Vaccination Hyderabad 1890-1903 - 1890-1903
Year: 1890
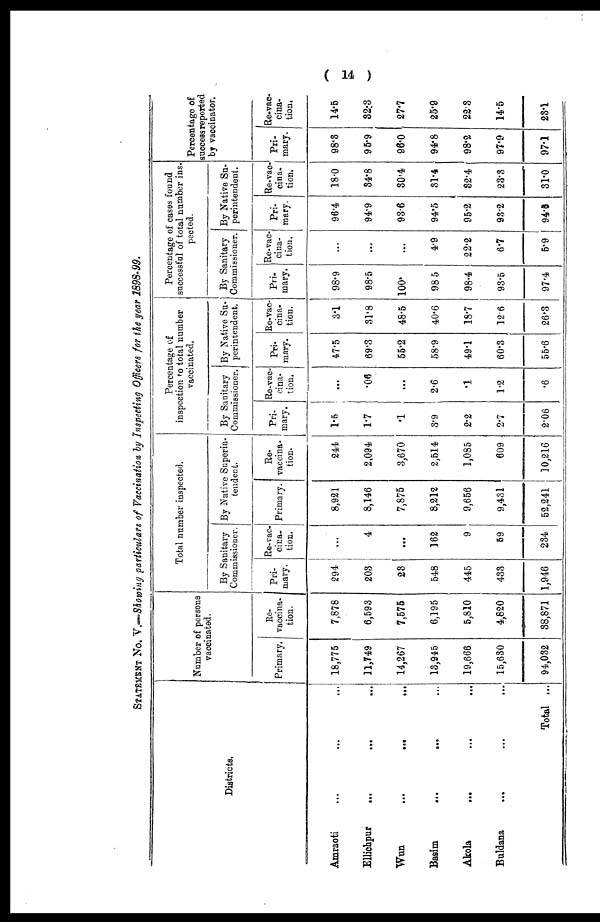
( 14 )
STATEMENT No. V.—Showing particulars of Vaccination by Inspecting Officers for the year 1898-99.
Districts.
Amraoti ... ... ...
Ellichpur
... ... ...
Wun ... ... ...
Basim
...
...
...
Akola ... ... ...
Buldana
...
...
...
Total ...
Number of persons
vaccinated.
Primary.
18,775
11,749
14,267
13,945
19,666
15,680
94,032
Re-
vaccina-
tion.
7,878
6,593
7,575
6,195
5,810
4,820
38,871
Total number inspected.
By Sanitary
Commissioner.
Pri-
mary.
294
203
23
548
445
433
1,946
Re-vac-
cina-
tion.
...
4
...
162
9
59
234
By Native Superin-
tendent.
Primary.
8,921
8,146
7,875
8,212
9,656
9,431
52,241
Re-
vaccina-
tion.
244
2,094
3,670
2,514
1,085
609
10,216
Percentage of
inspection to total number
vaccinated.
By Sanitary
Commissioner.
Pri-
mary.
1.5
1.7
.1
3.9
2.2
2.7
2.06
Re-vac-
cina-
tion.
...
.06
...
2.6
.1
1.2
.6
By Native Su-
perintendent.
Pri-
mary.
47.5
69.3
55.2
58.9
49.1
60.3
55.6
Re-vac-
cina-
tion.
3.1
31.8
48.5
40.6
18.7
12.6
26.3
Percentage of cases found
successful of total number ins¬
pected.
By Sanitary
Commissioner.
Pri-
mary.
98.9
98.5
100.
98.5
98.4
93.5
97.4
Re-vac-
cina-
tion.
...
...
...
4.9
22.2
6.7
5.9
By Native Su-
perintendent.
Pri¬
mary.
96.4
94.9
93.6
94.5
95.2
98.2
94.6
Re-vac¬
cina¬
tion.
18.0
34.8
30.4
31.4
32.4
23.3
31.0
Percentage of
success reported
by vaccinator.
Pri-
mary.
98.3
95.9
96.0
94.8
98.2
97.9
97.1
Re-vac-
cina-
tion.
14.5
32.3
27.7
25.9
22.3
14.5
28.1